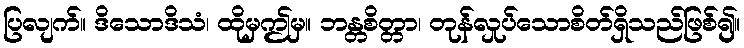
ပြလျက်။ ဒိသောဒိသံ၊ ထိုမှဤမှ။ ဘန္တစိတ္တာ၊ တုန်လှုပ်သောစိတ်ရှိသည်ဖြစ်၍။